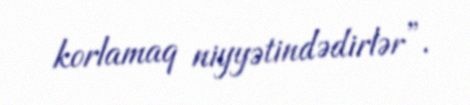
korlamaq niyyətindədirlər”.